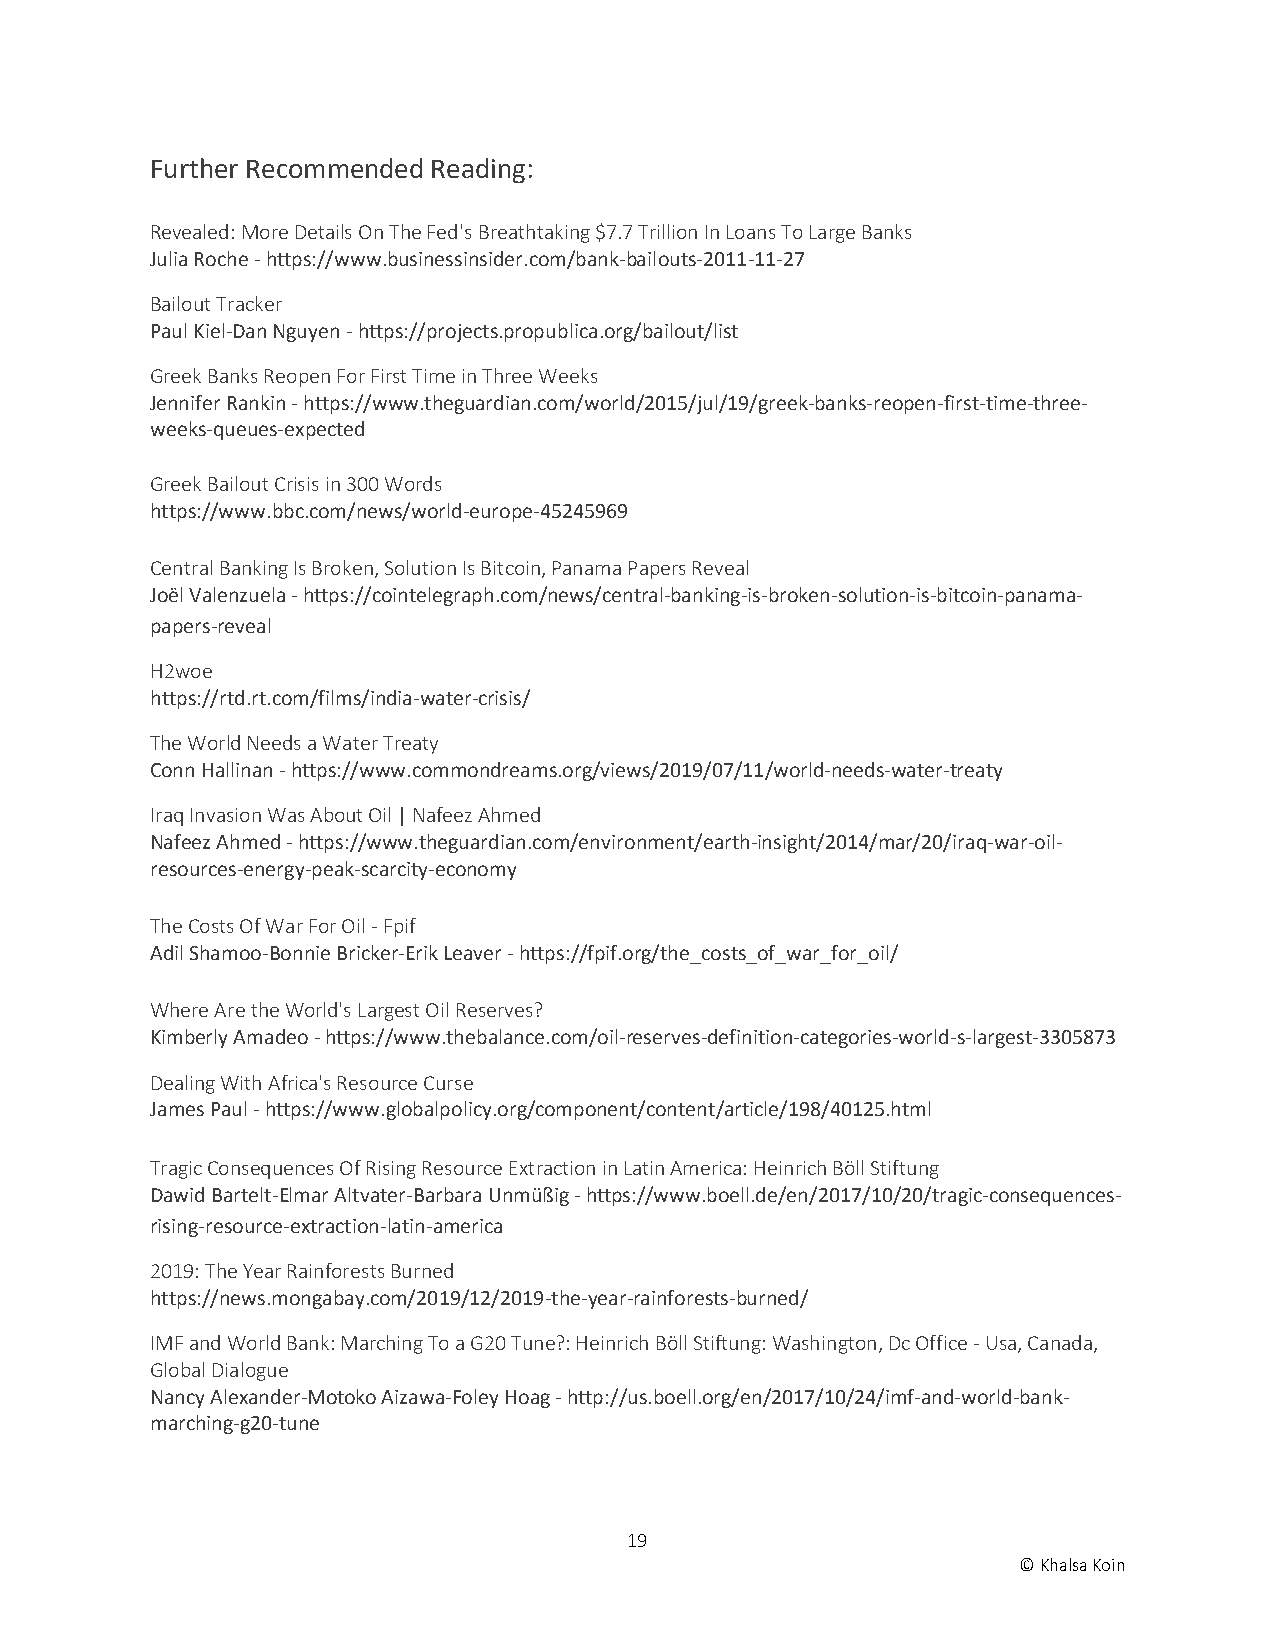
Further Recommended Reading:
 Revealed: More Details On The Fed's Breathtaking $7.7 Trillion In Loans To Large Banks
 Julia Roche - https://www.businessinsider.com/bank-bailouts-2011-11-27
 Bailout Tracker
 Paul Kiel-Dan Nguyen - https://projects.propublica.org/bailout/list
 Greek Banks Reopen For First Time in Three Weeks
 Jennifer Rankin - https://www.theguardian.com/world/2015/jul/19/greek-banks-reopen-first-time-three-
 weeks-queues-expected
 Greek Bailout Crisis in 300 Words
 https://www.bbc.com/news/world-europe-45245969
 Central Banking Is Broken, Solution Is Bitcoin, Panama Papers Reveal
 Joël Valenzuela - https://cointelegraph.com/news/central-banking-is-broken-solution-is-bitcoin-panama-
 papers-reveal
 H2woe
 https://rtd.rt.com/films/india-water-crisis/
 The World Needs a Water Treaty
 Conn Hallinan - https://www.commondreams.org/views/2019/07/11/world-needs-water-treaty
 Iraq Invasion Was About Oil | Nafeez Ahmed
 Nafeez Ahmed - https://www.theguardian.com/environment/earth-insight/2014/mar/20/iraq-war-oil-
 resources-energy-peak-scarcity-economy
 The Costs Of War For Oil - Fpif
 Adil Shamoo-Bonnie Bricker-Erik Leaver - https://fpif.org/the_costs_of_war_for_oil/
 Where Are the World's Largest Oil Reserves?
 Kimberly Amadeo - https://www.thebalance.com/oil-reserves-definition-categories-world-s-largest-3305873
 Dealing With Africa's Resource Curse
 James Paul - https://www.globalpolicy.org/component/content/article/198/40125.html
 Tragic Consequences Of Rising Resource Extraction in Latin America: Heinrich Böll Stiftung
 Dawid Bartelt-Elmar Altvater-Barbara Unmüßig - https://www.boell.de/en/2017/10/20/tragic-consequences-
 rising-resource-extraction-latin-america
 2019: The Year Rainforests Burned
 https://news.mongabay.com/2019/12/2019-the-year-rainforests-burned/
 IMF and World Bank: Marching To a G20 Tune?: Heinrich Böll Stiftung: Washington, Dc Office - Usa, Canada,
 Global Dialogue
 Nancy Alexander-Motoko Aizawa-Foley Hoag - http://us.boell.org/en/2017/10/24/imf-and-world-bank-
 marching-g20-tune
 19
 © Khalsa Koin